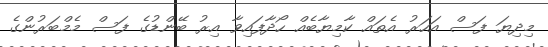
މިދިޔަ ފަސް އަހަރު އެތައް ކާމިޔާބެއް ހޯދާފައިވާ އިރު ބޭންޑުގެ ފަސް މެމްބަރުންގެ